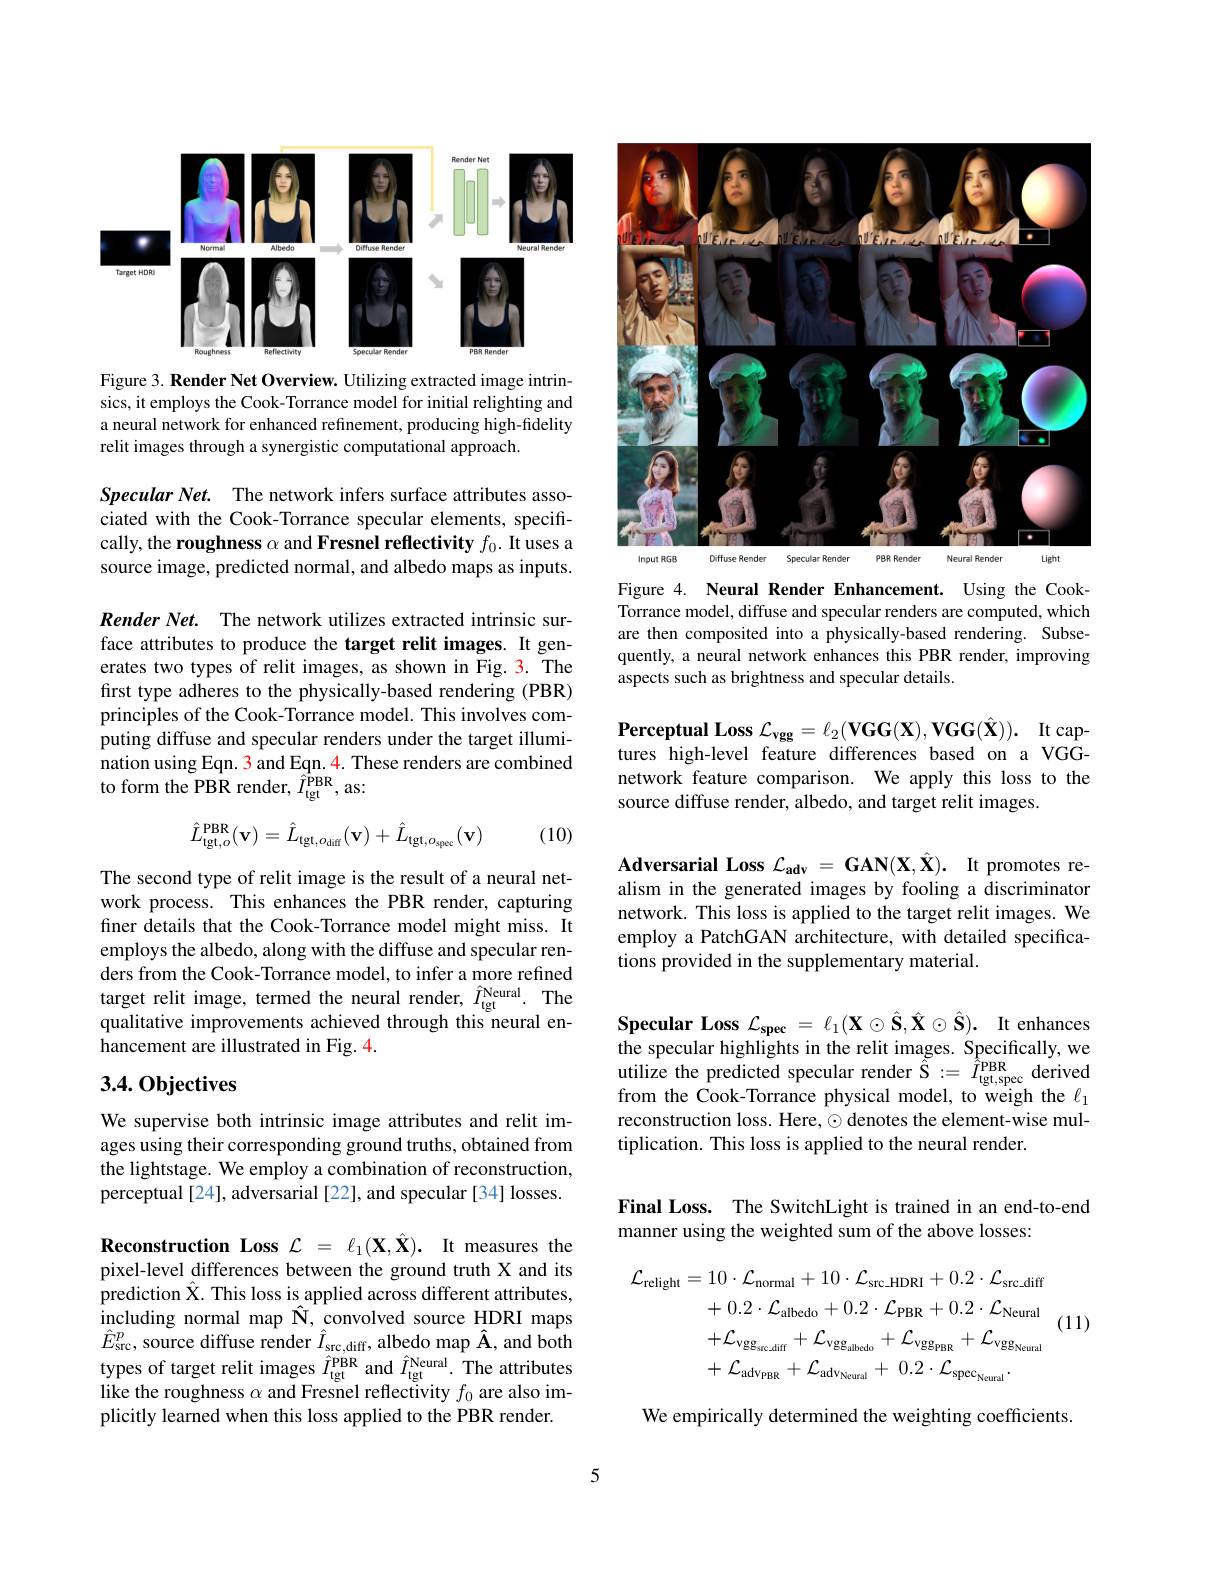
<FigureHere>

Figure 3. Render Net Overview. Utilizing extracted image intrinsics, it employs the Cook-Torrance model for initial relighting and a neural network for enhanced refinement, producing high-fidelity relit images through a synergistic computational approach.

Specular Net. The network infers surface attributes associated with the Cook-Torrance specular elements, specifically, the roughness $\alpha$ and Fresnel reflectivity $f_0.$ It uses a source image, predicted normal, and albedo maps as inputs.

Render Net. The network utilizes extracted intrinsic surface attributes to produce the target relit images. It generates two types of relit images, as shown in Fig. 3. The first type adheres to the physically-based rendering (PBR) principles of the Cook-Torrance model. This involves computing diffuse and specular renders under the target illumination using Eqn. 3 and Eqn. 4. These renders are combined to form the PBR render, $\hat{I}_{\mathrm{tgt}}^{\mathrm{PBR}}$,as:
$$\hat{L}_{\mathrm{tgt},o}^{\mathrm{PBR}}(\mathbf{v})=\hat{L}_{\mathrm{tgt},o_{\mathrm{diff}}}(\mathbf{v})+\hat{L}_{\mathrm{tgt},o_{\mathrm{spec}}}(\mathbf{v})$$
(10)

The second type of relit image is the result of a neural network process. This enhances the PBR render, capturing finer details that the Cook-Torrance model might miss. It employs the albedo, along with the diffuse and specular renders from the Cook-Torrance model, to infer a more refined target relit image, termed the neural render, $\hat{I}_{\mathrm{tgt}}^{\mathrm{Neural}}.$The qualitative improvements achieved through this neural enhancement are illustrated in Fig. 4.

## 3.4.0bjectives

We supervise both intrinsic image attributes and relit images using their corresponding ground truths, obtained from the lightstage. We employ a combination of reconstruction, perceptual[24], adversarial[22], and specular[34] losses.

$\textbf{Reconstruction Loss}{\mathcal{L} }= {\ell _{1}( \mathbf{X} , \hat{\mathbf{X} } ) }.$ It measures the pixel-level differences between the ground truth X and its $\hat{\text{prediction }}\hat{\text{X. This loss is applied across different attributes,}}$ including normal map $\hat{\mathbf{N}}$,convolved source HDRI maps $\hat{E}_{\mathrm{src}}^{p}$, source diffuse render $\hat{I}_{\mathrm{src,diff}}$, albedo map $\hat{\mathbf{A}}$, and both types of target relit images $\hat{I}_\mathrm{tgt}^\mathrm{PBR}$ and $\hat{I}_\mathrm{tgt}^\mathrm{Neural}.$ The attributes like the roughness $\alpha$ and Fresnel reflectivity $f_0$ are also implicitly learned when this loss applied to the PBR render.

<FigureHere>

Figure 4. Neural Render Enhancement. Using the CookTorrance model, diffuse and specular renders are computed, which are then composited into a physically-based rendering. Subsequently, a neural network enhances this PBR render, improving aspects such as brightness and specular details.

$\mathbf{Perceptual~Loss~}\mathcal{L} _{\mathrm{vgg}}= \ell _{2}( \mathbf{VGG}( \mathbf{X} ) , \mathbf{VGG}( \hat{\mathbf{X} } ) ) .$ It captures high-level feature differences based on a VGGnetwork feature comparison. We apply this loss to the source diffuse render, albedo, and target relit images.

Adversarial Loss $\mathcal{L} _\mathrm{adv}= \textbf{GAN}( \mathbf{X} , \hat{\mathbf{X} } ) .$ It promotes realism in the generated images by fooling a discriminator network. This loss is applied to the target relit images. We employ a PatchGAN architecture, with detailed specifications provided in the supplementary material.

Specular Loss $\mathcal{L} _\mathrm{spec}= \ell _1( \mathbf{X} \odot \hat{\mathbf{S} } , \hat{\mathbf{X} } \odot \hat{\mathbf{S} } ) .$ It enhances the specular highlights in the relit images. Specifically, we $\hat{\text{utilize the predicted specular render }\tilde{\tilde{\mathcal{S}}}}:=\hat{\tilde{I}}_{\mathrm{tgt,spec}}^{\hat{\mathrm{PBR}}}$derived from the Cook-Torrance physical model, to weigh the $\ell_1$ reconstruction loss. Here, $\odot$ denotes the element-wise multiplication. This loss is applied to the neural render.

## Final Loss. The SwitchLight is trained in an end-to-end manner using the weighted sum of the above losses:

(11)
$$\begin{aligned}\mathcal{L}_{\mathrm{relight}}&=10\cdot\mathcal{L}_{\mathrm{normal}}+10\cdot\mathcal{L}_{\mathrm{src_HDRI}}+0.2\cdot\mathcal{L}_{\mathrm{src_diff}}\\&+0.2\cdot\mathcal{L}_{\mathrm{albedo}}+0.2\cdot\mathcal{L}_{\mathrm{PBR}}+0.2\cdot\mathcal{L}_{\mathrm{Neural}}\\&+\mathcal{L}_{\mathrm{vgg}_{\mathrm{sc_diff}}}+\mathcal{L}_{\mathrm{vgg}_{\mathrm{albedo}}}+\mathcal{L}_{\mathrm{vgg}_{\mathrm{PBR}}}+\mathcal{L}_{\mathrm{vgg}_{\mathrm{Neural}}}\\&+\mathcal{L}_{\mathrm{adv_{PBR}}}+\mathcal{L}_{\mathrm{adv_{Neural}}}+0.2\cdot\mathcal{L}_{\mathrm{spec_{Neural}}}.\end{aligned}$$
We empirically determined the weighting coefficients.

5